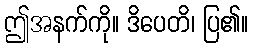
ဤအနက်ကို။ ဒိပေတိ၊ ပြ၏။